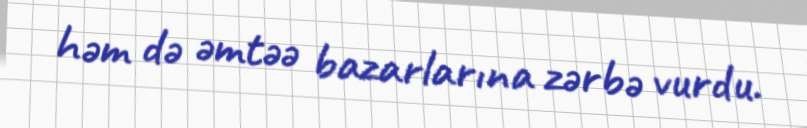
həm də əmtəə bazarlarına zərbə vurdu.